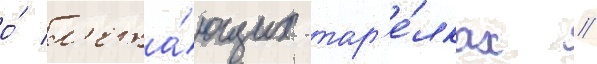
о́ л'ета́ющих тар'е́лках //